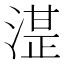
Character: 𰜦